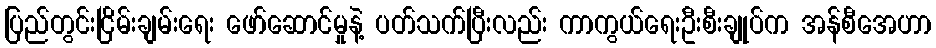
ပြည်တွင်းငြိမ်းချမ်းရေး ဖော်ဆောင်မှုနဲ့ ပတ်သက်ပြီးလည်း ကာကွယ်ရေးဦးစီးချုပ်က အန်စီအေဟာ